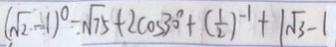
( \sqrt { 2 } - 1 ) ^ { 0 } - \sqrt { 7 5 } + 2 \cos 3 0 ^ { \circ } + ( \frac { 1 } { 2 } ) ^ { - 1 } + 1 \sqrt { 3 } - 1